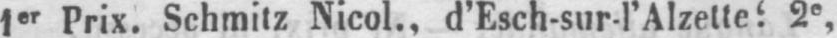
2e,